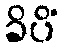
ခိပိံ